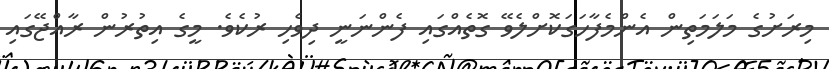
މިރަށުގެ މަލަމަތިން އެންމެފާހަގަކޮށްލެވޭ ގޮތެއްގައި ފެންނަނީ ދިވެހި ރުކެވެ. މީގެ އިތުރުން ރާއްޖޭގައި